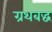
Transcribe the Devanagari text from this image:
ग्रथबद्ध